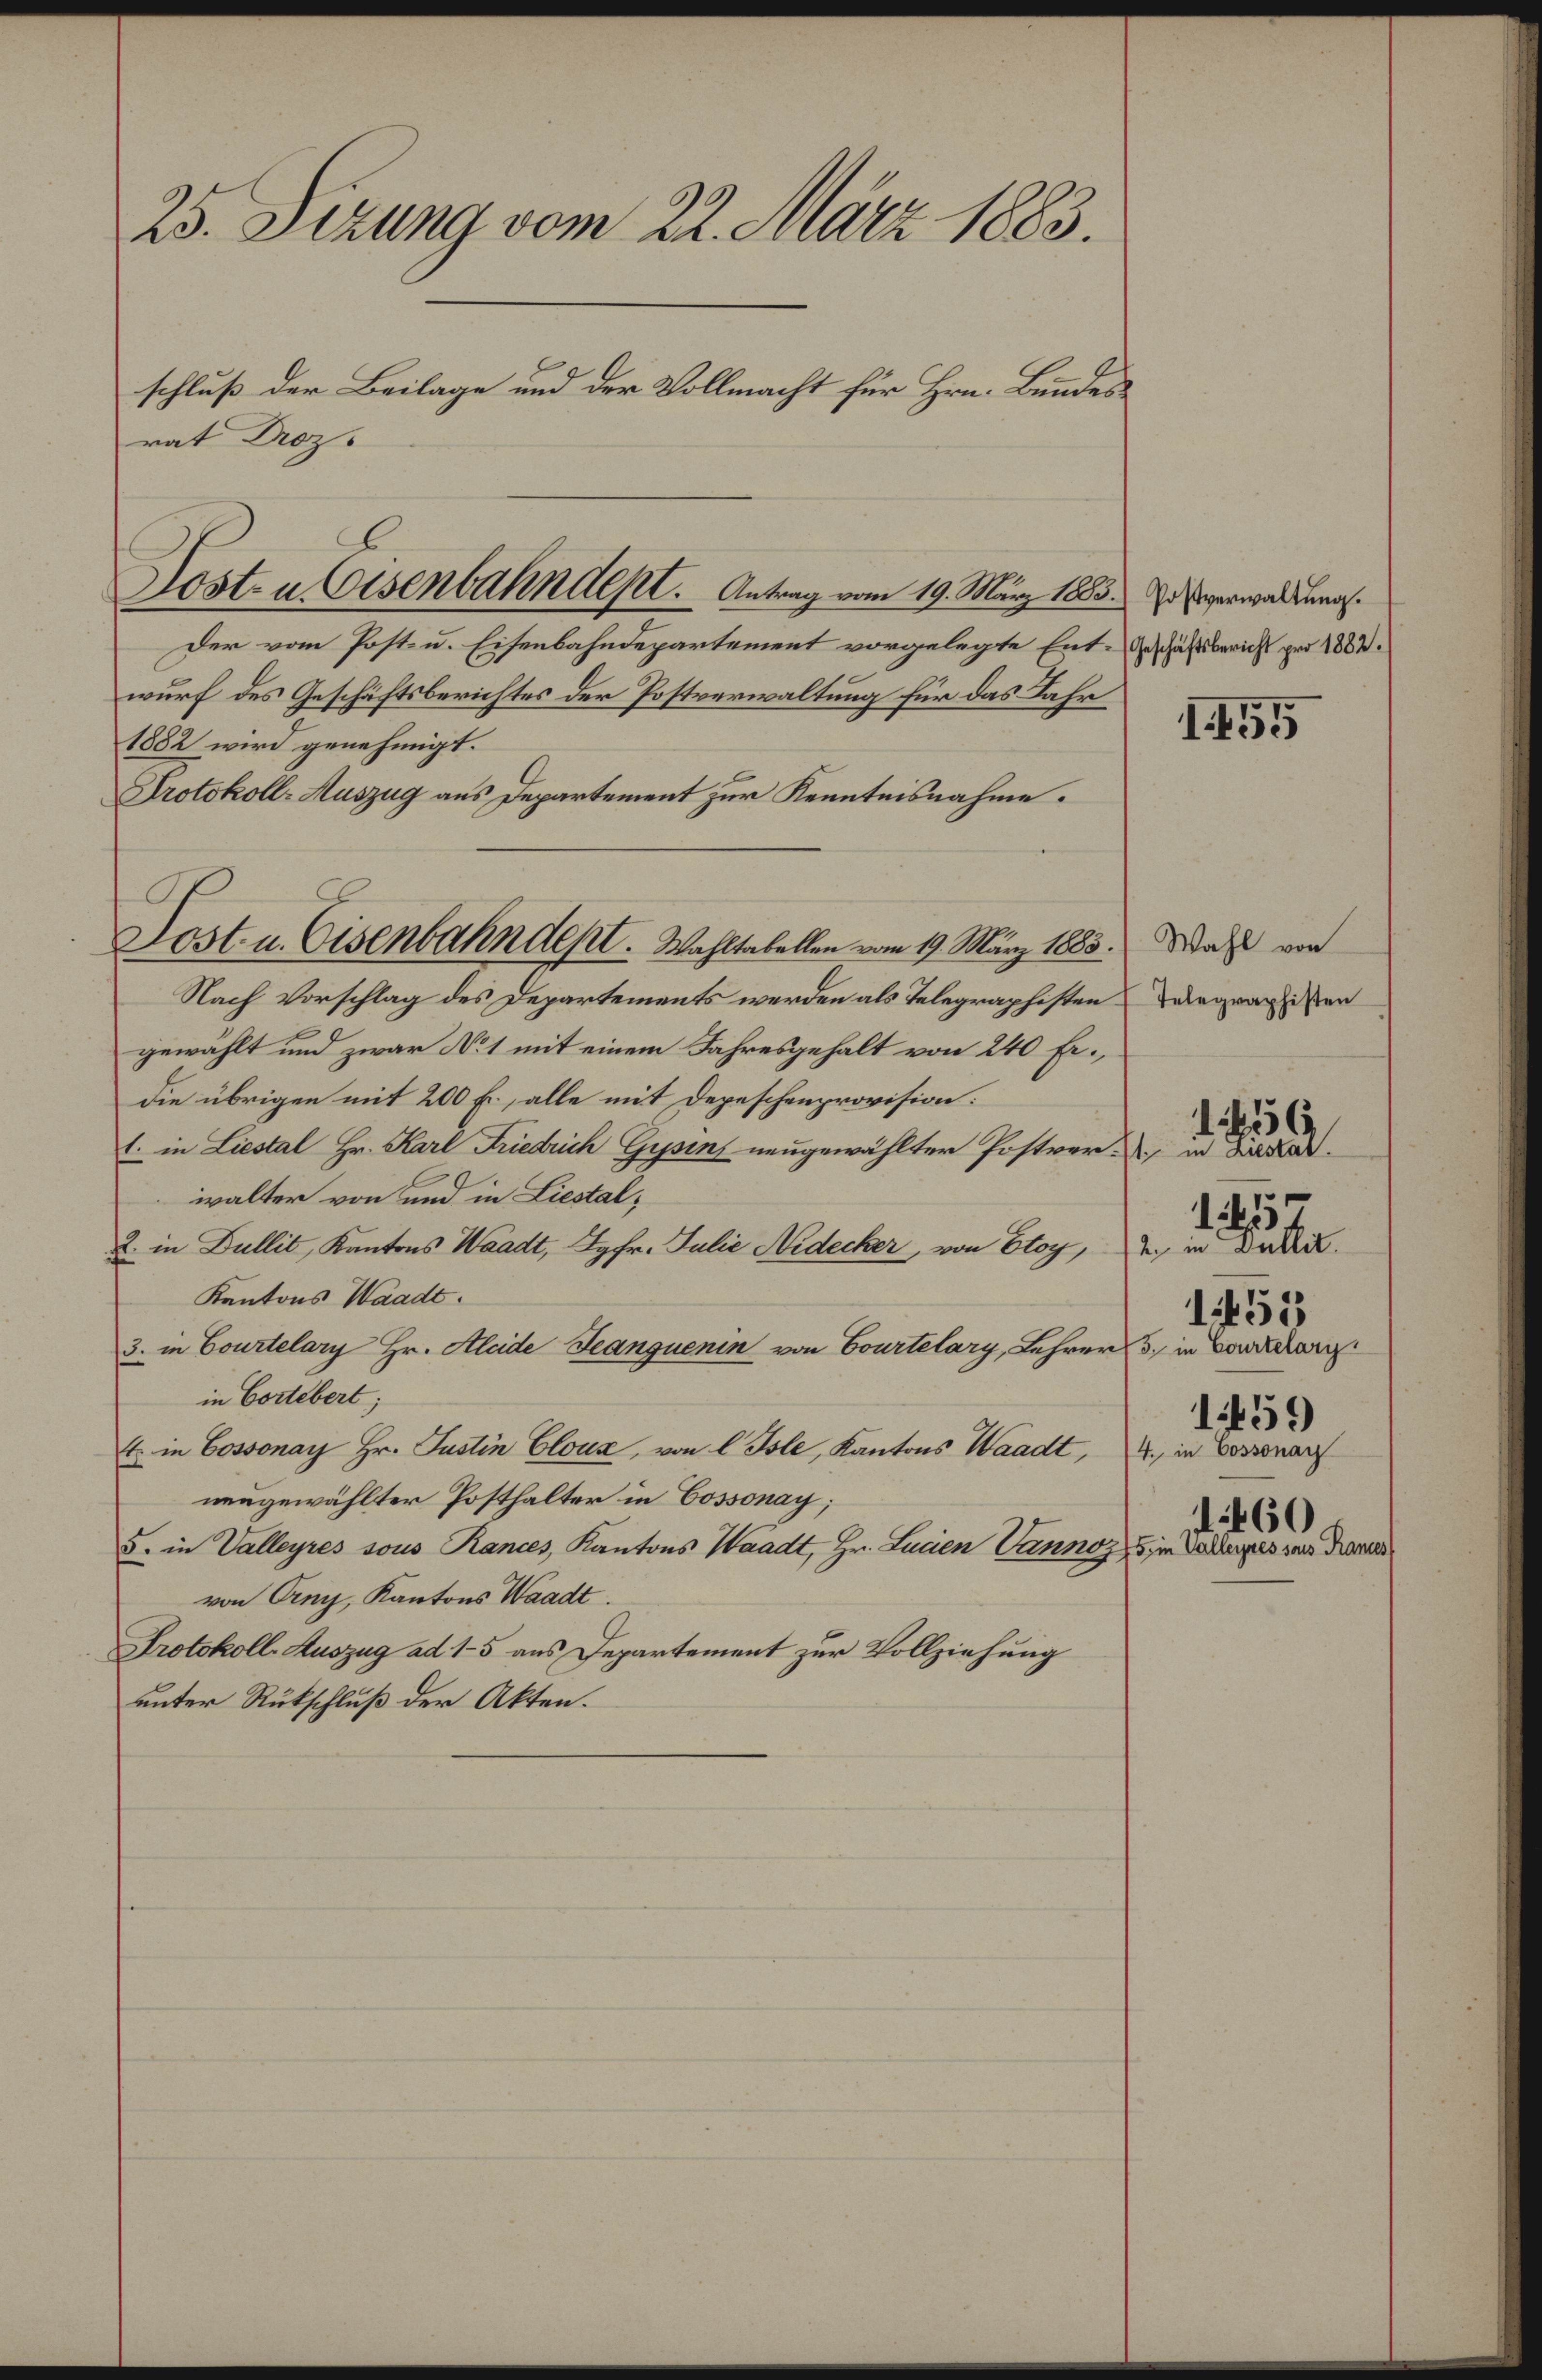
25. Sizung vom 22. März 1883.
schluß der Beilagen und der Vollmacht für Hrn. Bundes¬
rat Droz.
Postverwaltung.
Geschäftsbericht pro 1882.
1455
Post- u. Eisenbahndept. Antrag vom 19. März 1883.
Der vom Post- u. Eisenbahndepartement vorgelegte Ent¬
wurf des Geschäftsberichtes der Postverwaltung für das Jahr
1882 wird genehmigt.
Protokoll-Auszug an's Departement zur Kenntnisnahme.
Wahl von
Telegraphisten
Post- u. Eisenbahndept. Wahltabellen vom 19. März 1883.
Nach Vorschlag des Departements werden als Telegraphisten
gewählt und zwar No.1 mit einem Jahresgehalt von 240 fr.,
die übrigen mit 200 fr., alle mit Depeschenprovision:
1456
1. in Liestal.
1. in Liestal Hr. Karl Friedrich Gysin, neugewählter Postver¬
walter von und in Liestal;
1457
2. in Dullit.
2. in Dullit, Kantons Waadt, Jgfr. Julie Nidecker, von Etoy,
Kantons Waadt.
1458
3. in Courtelary.
3. in Courtelary Hr. Alcide Jeanguenin von Courtelary, Lehrer in Cortébert;
in Cortébert,
1459
4. in Cossonay
4. in Cossonay Hr. Justin Cloux, von l'Isle, Kantons Waadt,
neugewählter Posthalter in Cossonay;
460
5. in Valleyres sous Rances
5. in Valleyres sous Rances, Kantons Waadt, Hr. Lucien Vannoz,
von Orny, Kantons Waadt.
Protokoll-Auszug ad 1—5 ans Departement zur Vollziehung
unter Rükschluß der Akten.